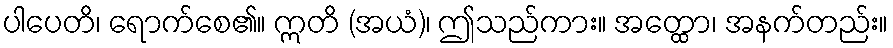
ပါပေတိ၊ ရောက်စေ၏။ ဣတိ (အယံ)၊ ဤသည်ကား။ အတ္ထော၊ အနက်တည်း။